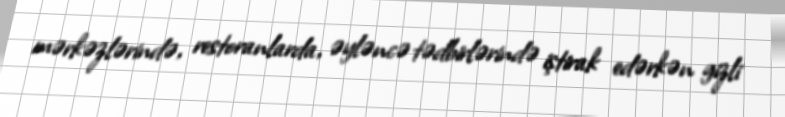
mərkəzlərində, restoranlarda, əyləncə tədbirlərində iştirak edərkən gizli